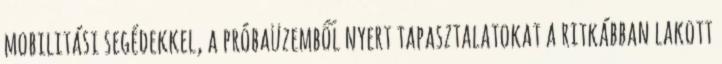
mobilitási segédekkel, a próbaüzemből nyert tapasztalatokat a ritkábban lakott